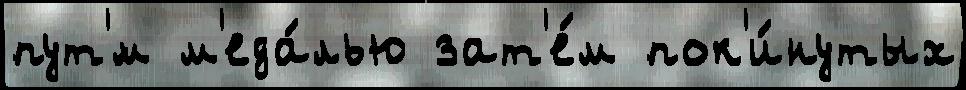
пут'́м м'еда́лью зат'е́м пок'и́нутых